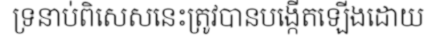
ទ្រនាប់ពិសេសនេះត្រូវបានបង្កើតឡើងដោយ